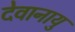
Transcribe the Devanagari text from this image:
देवानायु